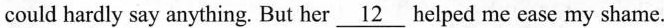
could hardly say anything. But her \underline{12} helped me ease my shame.